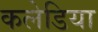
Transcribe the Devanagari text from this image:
कलेडिया